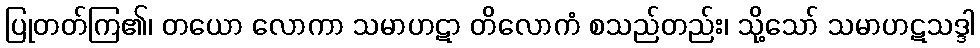
ပြုတတ်ကြ၏၊ တယော လောကာ သမာဟဋာ တိလောကံ စသည်တည်း၊ သို့သော် သမာဟဋသဒ္ဒါ